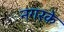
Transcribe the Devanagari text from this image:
नगरके